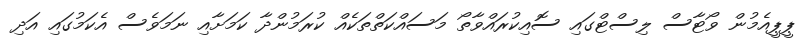
ޕީޕީއެމުން ވޯޓާސް ލިސްޓްގައި ސޮއިކުރައްވާތޯ މަސައްކަތްތަކެއް ކުރަމުންދާ ކަމަށާއި ނަމަވެސް އެކަމުގައި އަދި